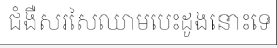
ជំងឺសរសៃឈាមបេះដូងនោះទេ